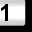
Digit: 1